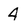
Character: 4